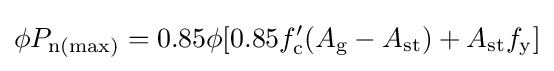
{\begin{aligned}{\phi }P_{\mathrm {n(max)} }&=0.85\phi [0.85f'_{\mathrm {c} }(A_{\mathrm {g} }-A_{\mathrm {st} })+A_{\mathrm {st} }f_{\mathrm {y} }]\\\end{aligned}}